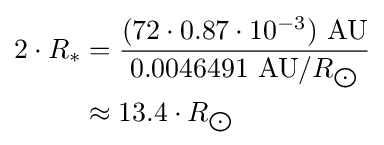
{\begin{aligned}2\cdot R_{*}&={\frac {(72\cdot 0.87\cdot 10^{-3})\ {\text{AU}}}{0.0046491\ {\text{AU}}/R_{\bigodot }}}\\&\approx 13.4\cdot R_{\bigodot }\end{aligned}}